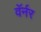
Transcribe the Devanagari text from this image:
वॅर्नर